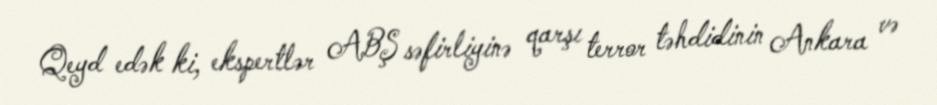
Qeyd edək ki, ekspertlər ABŞ səfirliyinə qarşı terror təhdidinin Ankara və